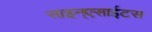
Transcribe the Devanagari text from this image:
साइन्एसाईटस